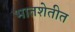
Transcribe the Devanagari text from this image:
भातशेतीत